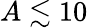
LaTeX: A\lesssim 10